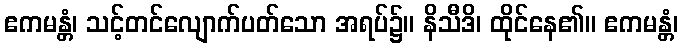
ဧကမန္တံ၊ သင့်တင်လျောက်ပတ်သော အရပ်၌။ နိသီဒိ၊ ထိုင်နေ၏။ ဧကမန္တံ၊